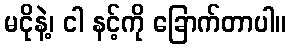
မငိုနဲ့၊ ငါ နင့်ကို ခြောက်တာပါ။